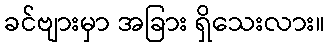
ခင်ဗျားမှာ အခြား ရှိသေးလား။